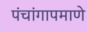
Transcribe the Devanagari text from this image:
पंचांगापमाणे